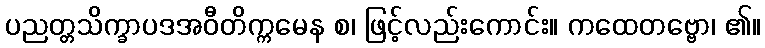
ပညတ္တသိက္ခာပဒအဝီတိက္ကမေန စ၊ ဖြင့်လည်းကောင်း။ ကထေတဗ္ဗော၊ ၏။